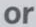
or